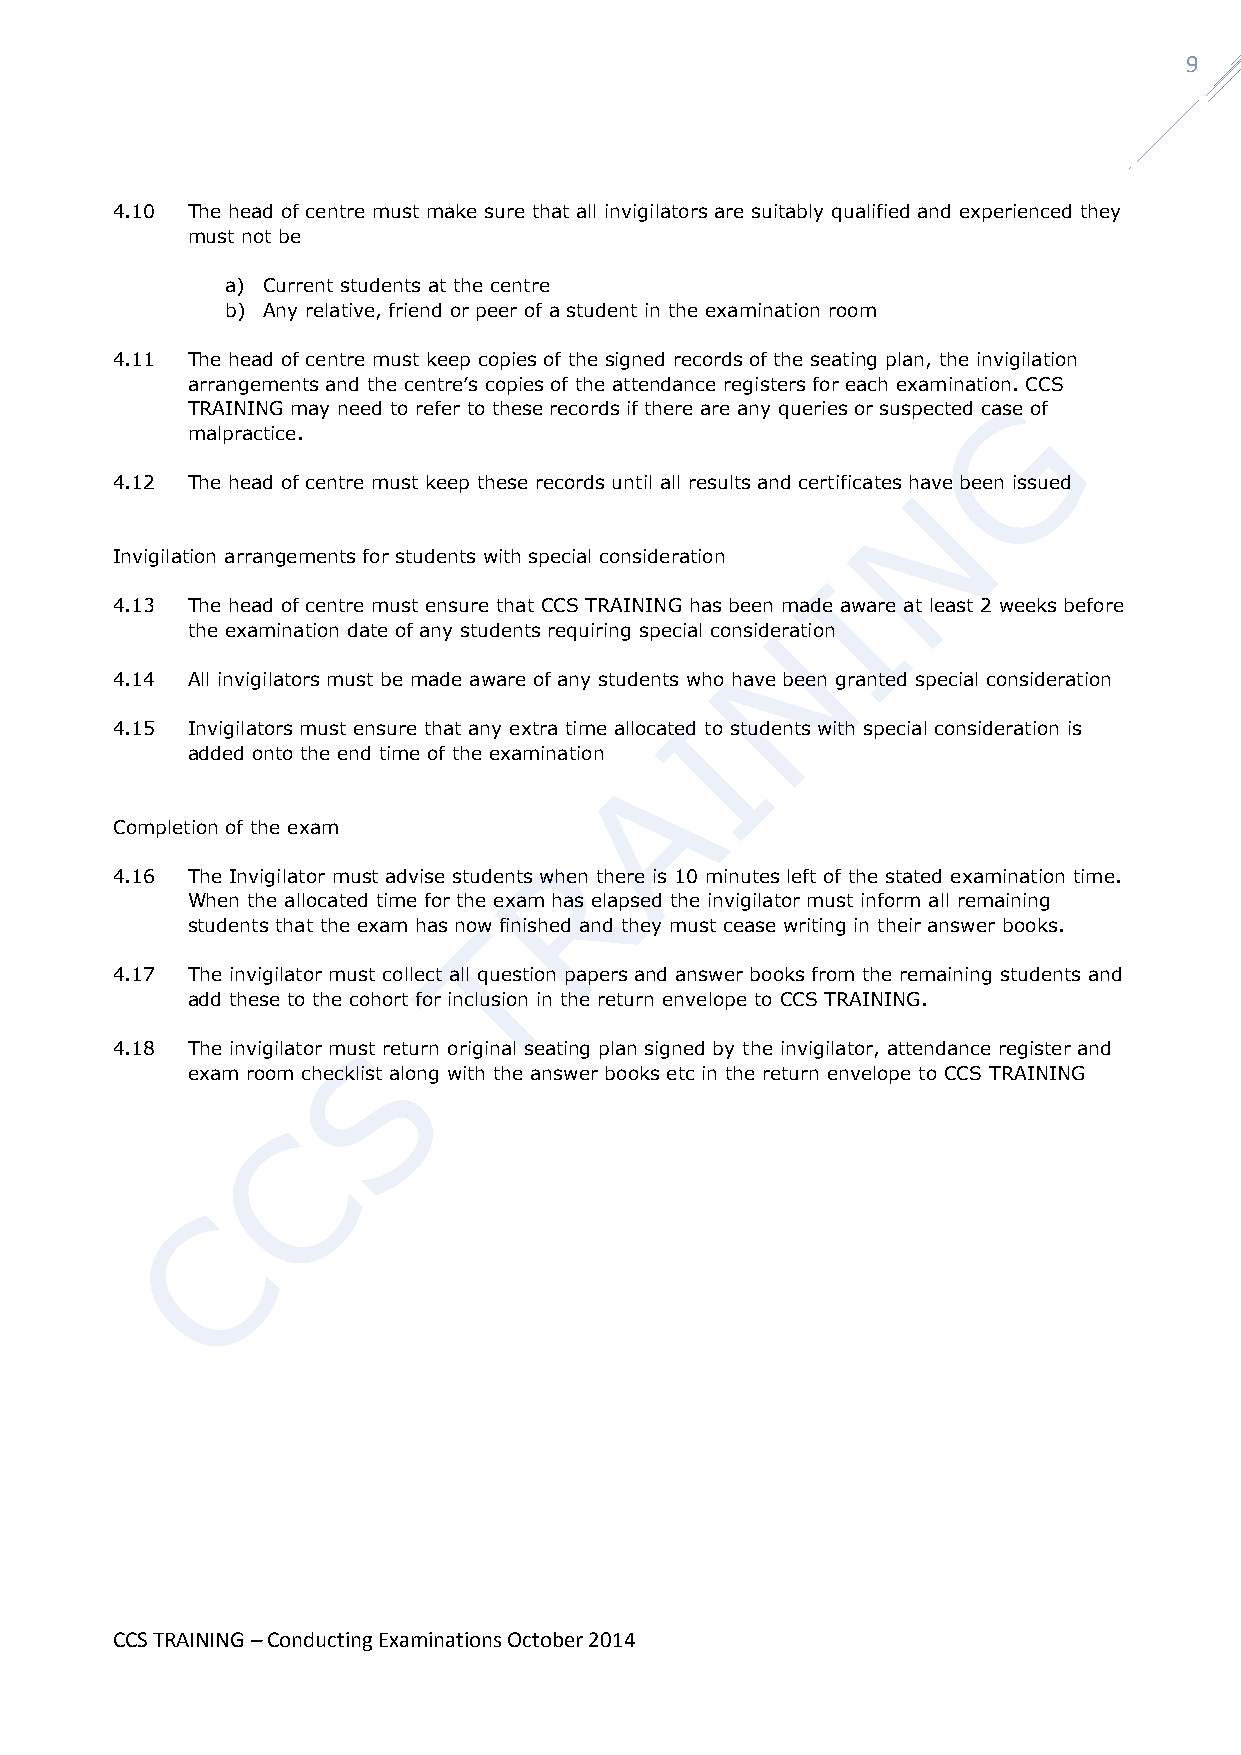
9
 4.10 The head of centre must make sure that all invigilators are suitably qualified and experienced they
 must not be
 a) Current students at the centre
 b) Any relative, friend or peer of a student in the examination room
 4.11 The head of centre must keep copies of the signed records of the seating plan, the invigilation
 arrangements and the centre’s copies of the attendance registers for each examination. CCS
 TRAINING may need to refer to these records if there are any queries or suspected case of
 malpractice.
 4.12 The head of centre must keep these records until all results and certificates have been issued
 Invigilation arrangements for students with special consideration
 4.13 The head of centre must ensure that CCS TRAINING has been made aware at least 2 weeks before
 the examination date of any students requiring special consideration
 4.14 All invigilators must be made aware of any students who have been granted special consideration
 4.15 Invigilators must ensure that any extra time allocated to students with special consideration is
 added onto the end time of the examination
 Completion of the exam
 4.16 The Invigilator must advise students when there is 10 minutes left of the stated examination time.
 When the allocated time for the exam has elapsed the invigilator must inform all remaining
 students that the exam has now finished and they must cease writing in their answer books.
 4.17 The invigilator must collect all question papers and answer books from the remaining students and
 add these to the cohort for inclusion in the return envelope to CCS TRAINING.
 4.18 The invigilator must return original seating plan signed by the invigilator, attendance register and
 exam room checklist along with the answer books etc in the return envelope to CCS TRAINING
 CCS TRAINING – Conducting Examinations October 2014